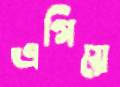
এগিয়ে